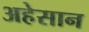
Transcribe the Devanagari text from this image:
अहेसान